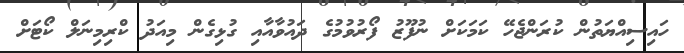
ހައިސިއްޔަތުން ކުރަންޖެހޭ ކަމަކަށް ނުފޫޒު ފޯރުވުމުގެ ދައުވާއާއި ގުޅިގެން މިއަދު ކްރިމިނަލް ކޯޓަށް